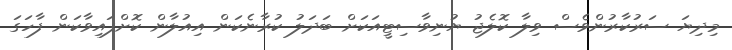
މިދިޔަ ސަރުކާރުންވެސް ވިލާ ކޮލެޖު ޔުނިވާސިޓީއަކަށް ބަދަލު ކުރާނެކަން އިއުލާން ކޮށްފައިވާކަން ފާހަގަ